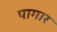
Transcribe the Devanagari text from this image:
पागार